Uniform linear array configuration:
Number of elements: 8
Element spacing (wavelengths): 1
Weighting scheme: hann
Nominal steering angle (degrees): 0
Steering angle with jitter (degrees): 1.236
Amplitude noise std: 0.05
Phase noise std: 0.05

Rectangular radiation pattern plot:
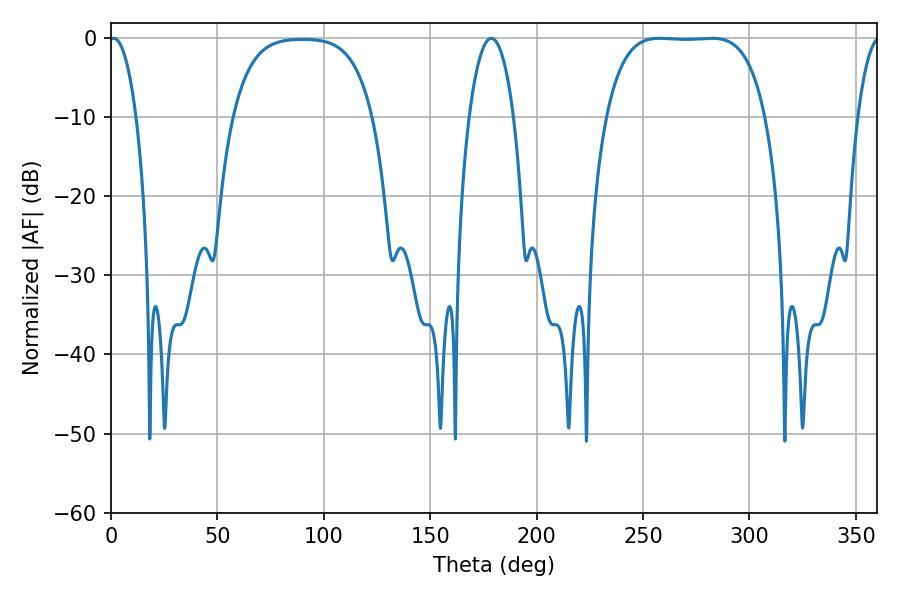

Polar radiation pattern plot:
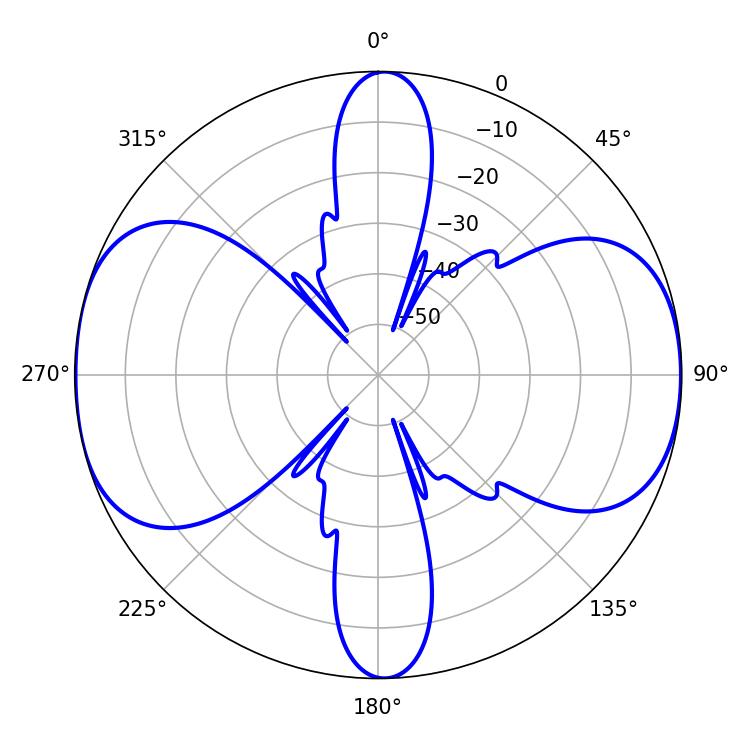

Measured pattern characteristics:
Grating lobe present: TRUE
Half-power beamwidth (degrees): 57.96
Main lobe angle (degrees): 257.76